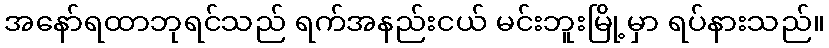
အနော်ရထာဘုရင်သည် ရက်အနည်းငယ် မင်းဘူးမြို့မှာ ရပ်နားသည်။